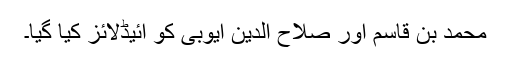
محمد بن قاسم اور صلاح الدین ایوبی کو آئیڈلائز کیا گیا۔